Reports on military cantonments and civil stations in the Presidency of Bombay inspected by the Sanitary Commissioner in the years 1875 and 1876
Year: 1875
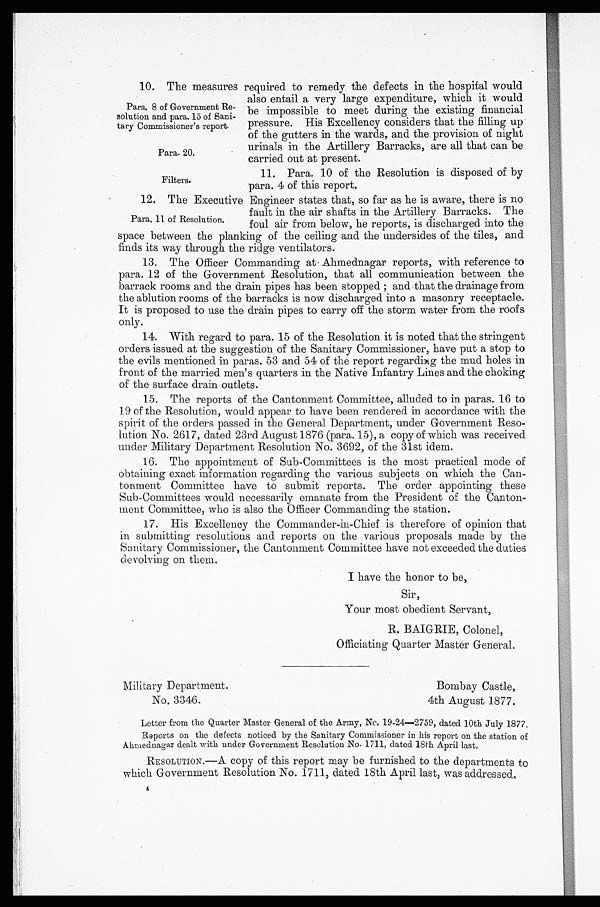
10. The measures required to -remedy the defects in the hospital would
Para. 8 of Government Re-
solution and para. 15 of Sani-
tary Commissioner's report.
Para. 20.
Filters.
also entail a very large expenditure, which it would
be impossible to meet during the existing financial
pressure. His Excellency considers that the filling up
of the gutters in the wards, and the provision of night
urinals in the Artillery Barracks, are all that can be
carried out at present.
11. Para. 10 of the Resolution is disposed of by
para. 4 of this report.
12. The Executive Engineer states that, so far as he is aware, there is no
- -
- -
- - •
fault in the air shafts in the Artillery Barracks. The
foul air form bellow, he reports, is discharged
into the
space between the planking of the ceiling and the undersides of the tiles, and
finds its way through the ridge ventilators.
13. The Officer Commanding at• Ahmednagar reports, with reference to
para. 12 of the Government Resolution, that all communication between the
barrack rooms and the drain pipes has been stopped ; and that the drainage from
the ablution rooms of the barracks is now discharged into a masonry receptacle.
It is proposed to use the drain pipes to carry off the storm water from the roofs
only.
14. With regard to para. 15 of the Resolution it is noted that the stringent
orders issued at the suggestion of the Sanitary Commissioner, have put a stop to
the evils mentioned in paras. 53 and 54 of the report regarding the mud holes in
Front of the married men's quarters in the Native Infantry Lines and the choking
of the surface drain outlets.
15. The reports of the Cantonment Committee, alluded to in paras. 16 to
19 of the Resolution, would appear to have been rendered in accordance with the
spirit of the orders passed in the General Department, under Government Reso-
lution No. 2617, dated 23rd August 1876 (para. 15), a copy of which was received
under Military Department Resolution No. 3692, of the 31st idem.
16. The appointment of Sub-Committees is the most practical mode of
obtaining exact information regarding the various subjects on which the Can-
tonment Committee have to submit reports. The order appointing these
Sub-Committees would necessarily emanate from the President of the Canton-
ment Committee, who is also the Officer Commanding the station.
17. His Excellency the Commander-in-Chief is therefore of opinion that
in submitting resolutions and reports on the various proposals made by the
Sanitary Commissioner, the Cantonment Committee have not exceeded the duties
devolving on them.
I have the honor to be,
Sir,
Your most obedient Servant,
R. BAIGRIE, Colonel,
Officiating Quarter Master General.
Military D epar tment
Bombay Castle,
No. 3346.
4th August 1877.
Letter from the Quarter Master General of the army, No. 19-24—2759, dated 10th July 1877,
Reports on the defects noticed by the Sanitary Commissioner in his report on the station of
Ahmednagar dealt with under Government Resolution No. 1711, dated 18th April last.
RESOLUTION. — A copy of this report may be furnished to the departments to
which Government Resolution No. 1711, dated 18th April last, was addressed.
Para, 11 of Resolution.